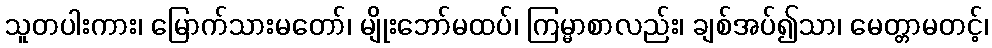
သူတပါးကား၊ မြောက်သားမတော်၊ မျိုးဘော်မထပ်၊ ကြမ္မာစာလည်း၊ ချစ်အပ်၍သာ၊ မေတ္တာမတင့်၊